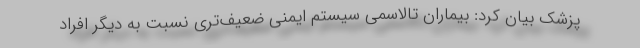
پزشک بیان کرد: بیماران تالاسمی سیستم ایمنی ضعیف‌تری نسبت به دیگر افراد